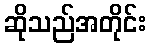
ဆိုသည်အတိုင်း